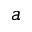
a